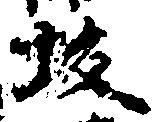
坂